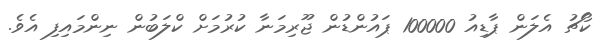
ކޯޗު އެލަން ޕާޑިއު 100000 ޕައުންޑުން ޖޫރިމަނާ ކުރުމަށް ކްލަބުން ނިންމައިފި އެވެ.